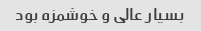
بسیار عالی و خوشمزه بود